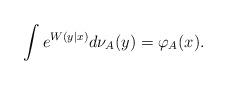
LaTeX: \begin{align*} \int e^{ W (y|x)} d \nu_{A}(y) = \varphi_A(x).\end{align*}